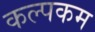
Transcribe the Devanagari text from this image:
कल्पकम